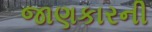
જાણકારની